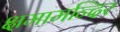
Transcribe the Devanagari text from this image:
क्षमामन्दिर